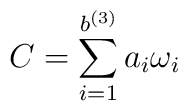
C = \displaystyle \sum_{i =1}^{b^{(3)}} a_i \omega_i